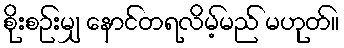
စိုးစဉ်းမျှ နောင်တရလိမ့်မည် မဟုတ်။